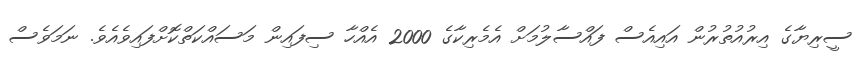
ސީރިޔާގެ އިރުއުތުރުން އައިއެސް ފައްސާލުމަށް އެމެރިކާގެ 2000 އެއްހާ ސިފައިން މަސައްކަތްކޮށްފައިވެއެވެ. ނަމަވެސް